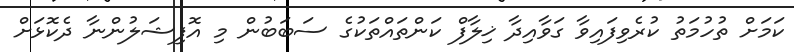
ކަމަށް ތުހުމަތު ކުރެވިފައިވާ ގަވާއިދާ ޚިލާފް ކަންތައްތަކުގެ ސަބަބުން މި އޮފިޝަލުންނާ ދެކޮޅަށް